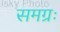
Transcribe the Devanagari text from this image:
समग्रः